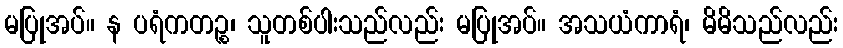
မပြုအပ်။ န ပရံကတဉ္စ၊ သူတစ်ပါးသည်လည်း မပြုအပ်။ အသယံကာရံ၊ မိမိသည်လည်း